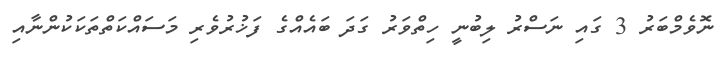
ނޮވެމްބަރު 3 ގައި ނަސްރު ލިބުނީ ހިތްވަރު ގަދަ ބައެއްގެ ފަޚުރުވެރި މަސައްކަތްތަކަކުންނާއި